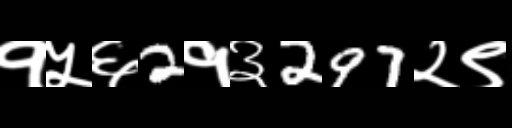
Text: १५६2१३297२९